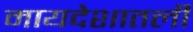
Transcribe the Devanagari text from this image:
मायदेशातली